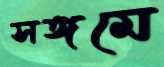
সঙ্গমে